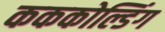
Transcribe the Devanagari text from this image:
कककोल्डिंग